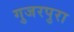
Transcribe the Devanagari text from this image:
गुजरपुरा